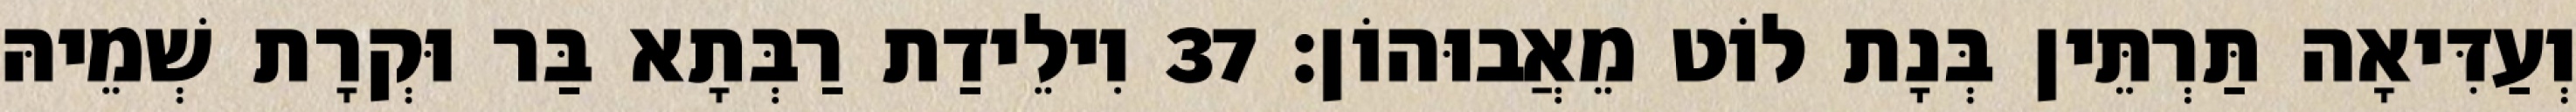
וְעַדִּיאָה תַּרְתֵּין בְּנָת לוֹט מֵאֲבוּהוֹן׃ 37 וִילֵידַת רַבְּתָא בַּר וּקְרָת שְׁמֵיהּ